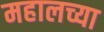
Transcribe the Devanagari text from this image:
महालच्या